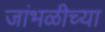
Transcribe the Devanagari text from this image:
जांभळीच्या